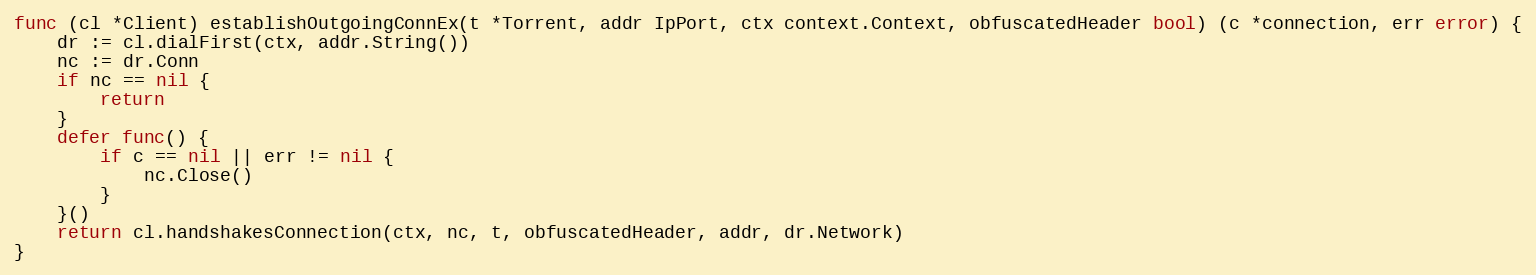
Language: Go
func (cl *Client) establishOutgoingConnEx(t *Torrent, addr IpPort, ctx context.Context, obfuscatedHeader bool) (c *connection, err error) {
	dr := cl.dialFirst(ctx, addr.String())
	nc := dr.Conn
	if nc == nil {
		return
	}
	defer func() {
		if c == nil || err != nil {
			nc.Close()
		}
	}()
	return cl.handshakesConnection(ctx, nc, t, obfuscatedHeader, addr, dr.Network)
}